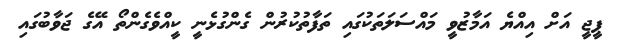
ޕީޖީ އަށް އިއްޔެ އަމާޒުވީ މައްސަލަތަކުގައި ތަފާތުކުރުން ގެންގުޅެނީ ކީއްވެގެންތޯ އޭގެ ޖަވާބުގައި